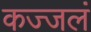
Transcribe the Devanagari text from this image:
कज्जलं